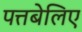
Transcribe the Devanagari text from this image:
पत्तबेलिए